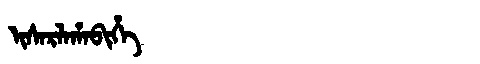
Manchu: ᡳᠰᠠᡵᠯᠠᡥᠠᠪᡳᡥᡝ
Romanization: ISARLAHABIHE